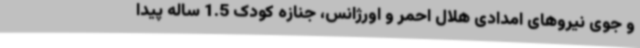
و جوی نیروهای امدادی هلال احمر و اورژانس، جنازه کودک 1.5 ساله پیدا